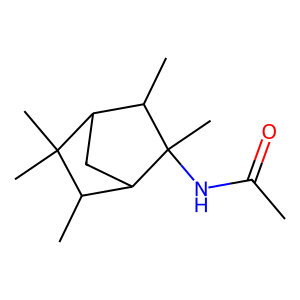
SMILES: CC(=O)NC1(C)C(C)C2CC1C(C)C2(C)C
Inhibits HIV replication: No